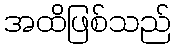
အထိဖြစ်သည်